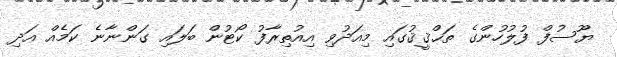
ޔޫސުފް ފުލުހުންގެ ތަޙްޤީޤުގައި މިއަދުވި އިއުތިރާފު ކޯޓުން ބަލައި ގަންނާނެ ކަމެއް އަދި